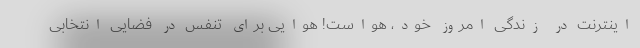
اینترنت در زندگی امروز خود، هواست! هوایی برای تنفس در فضایی انتخابی